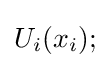
U_{i}(x_{i});